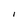
Character: l